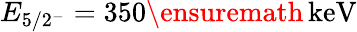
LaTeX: E_{5/2^{-}}=350\ensuremath{\, \mathrm{keV}}